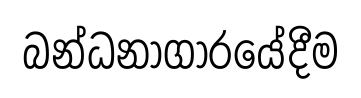
බන්ධනාගාරයේදීම